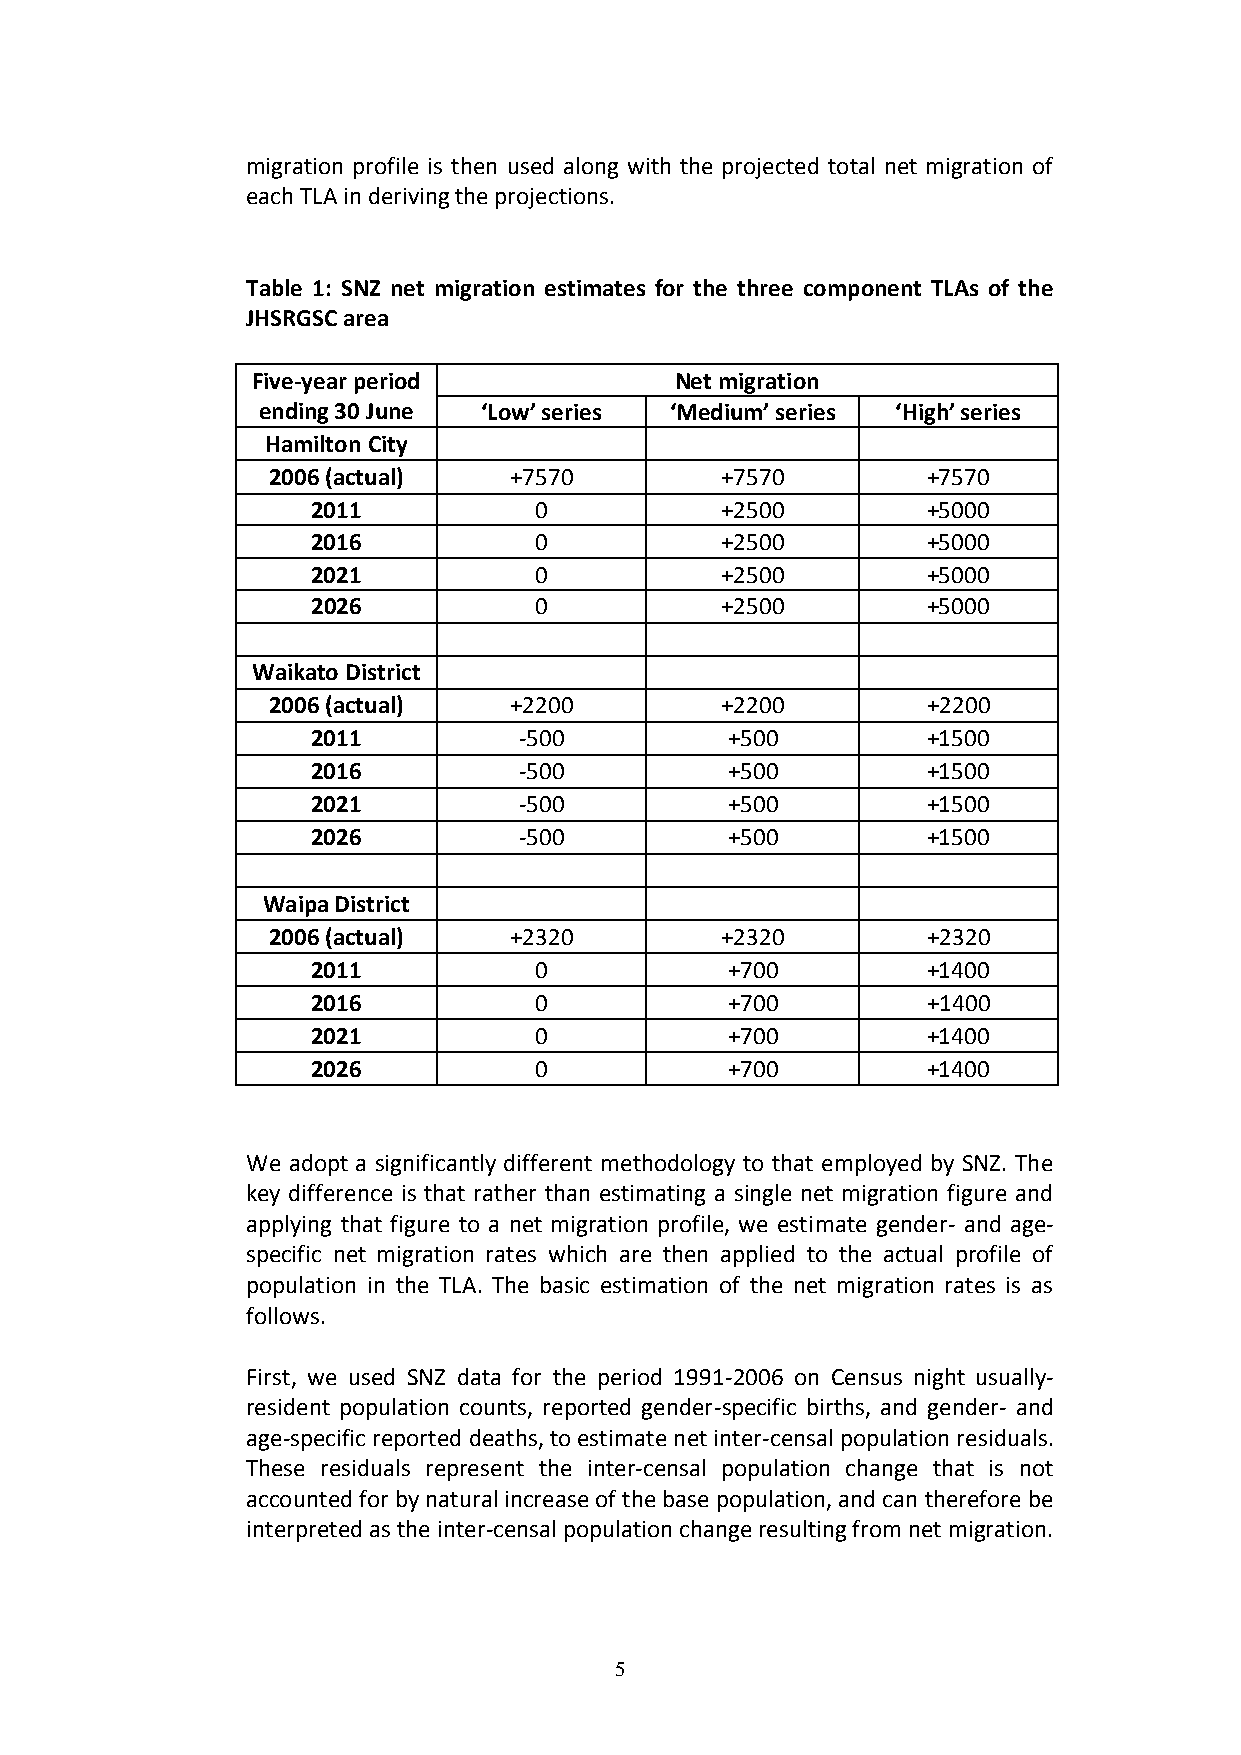
migration profile is then used along with the projected total net migration of
 each TLA in deriving the projections.
 Table 1: SNZ net migration estimates for the three component TLAs of the
 JHSRGSC area
 Five-year period            Net migration
 ending 30 June ‘Low’ series ‘Medium’ series ‘High’ series
 Hamilton City
 2006 (actual)   +7570         +7570        +7570
 2011          0            +2500        +5000
 2016          0            +2500        +5000
 2021          0            +2500        +5000
 2026          0            +2500        +5000
 Waikato District
 2006 (actual)   +2200         +2200        +2200
 2011         -500          +500         +1500
 2016         -500          +500         +1500
 2021         -500          +500         +1500
 2026         -500          +500         +1500
 Waipa District
 2006 (actual)   +2320         +2320        +2320
 2011          0            +700         +1400
 2016          0            +700         +1400
 2021          0            +700         +1400
 2026          0            +700         +1400
 We adopt a significantly different methodology to that employed by SNZ. The
 key difference is that rather than estimating a single net migration figure and
 applying that figure to a net migration profile, we estimate gender- and age-
 specific net migration rates which are then applied to the actual profile of
 population in the TLA. The basic estimation of the net migration rates is as
 follows.
 First, we used SNZ data for the period 1991-2006 on Census night usually-
 resident population counts, reported gender-specific births, and gender- and
 age-specific reported deaths, to estimate net inter-censal population residuals.
 These residuals represent the inter-censal population change that is not
 accounted for by natural increase of the base population, and can therefore be
 interpreted as the inter-censal population change resulting from net migration.
 5